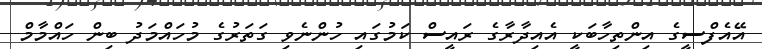
އޭއެފްސީގެ އިންތިހާބަކީ އެއިދާރާގެ ރައީސް ކަމުގައި ހުންނެވި ގަތަރުގެ މުހައްމަދު ބިން ހައްމާމް